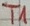
Text: T1